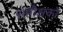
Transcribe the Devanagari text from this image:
समीक्षको